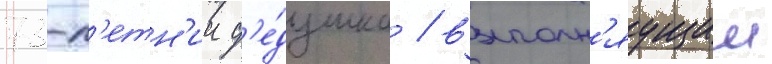
73-л'етн'ии д'е́душка / выполн'яущии